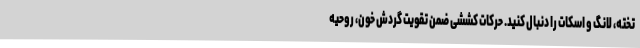
تخته، لانگ و اسکات را دنبال کنید. حرکات کششی ضمن تقویت گردش خون، روحیه